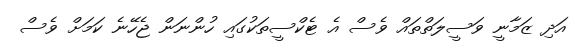
އަދި ޒަމާނީ ވަސީލަތްތައް ވެސް އެ ޓެކްސީތަކުގައި ހުންނަން ޖެހޭނެ ކަމަށް ވެސް